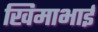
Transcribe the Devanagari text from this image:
खिमाभाई